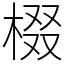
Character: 棳